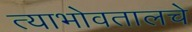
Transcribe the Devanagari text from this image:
त्याभोवतालचे